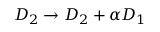
{ \cal D } _ { 2 } \rightarrow { \cal D } _ { 2 } + \alpha { \cal D } _ { 1 }